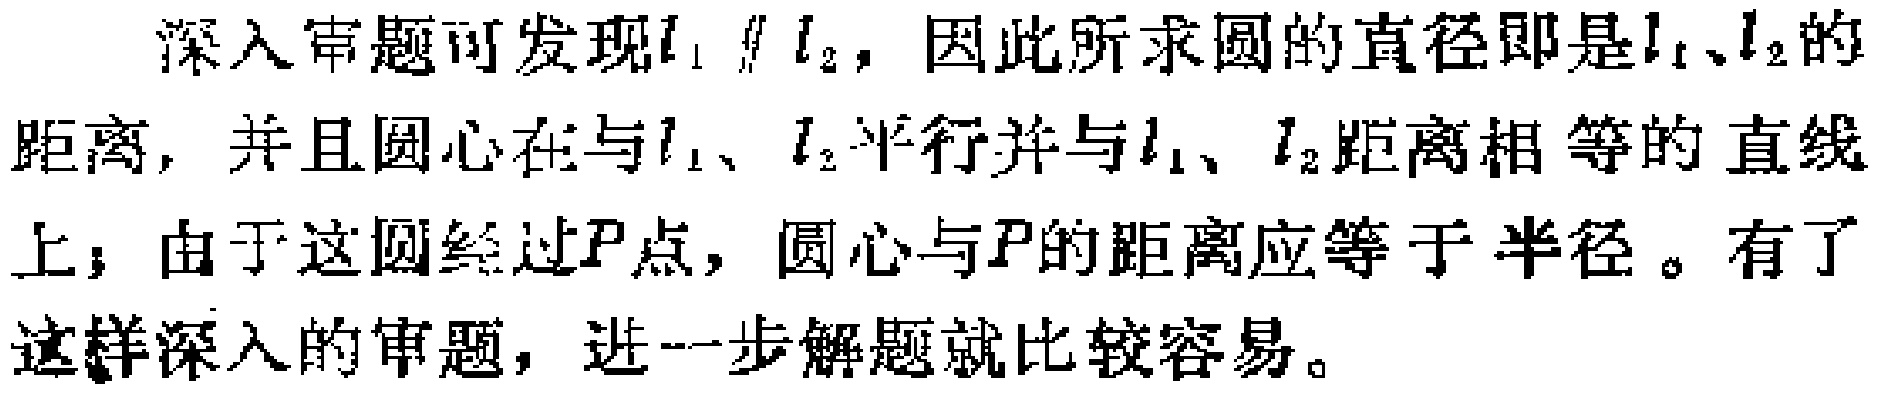
深入审题可发现\(l_{1} \parallel l_{2}\)，因此所求圆的直径即是\(l_{1}\)、\(l_{2}\)的距离，并且圆心在与\(l_{1}\)、\(l_{2}\)平行并与\(l_{1}\)、\(l_{2}\)距离相等的直线上；由于这圆经过\(P\)点，圆心与\(P\)的距离应等于半径。有了这样深入的审题，进一步解题就比较容易。